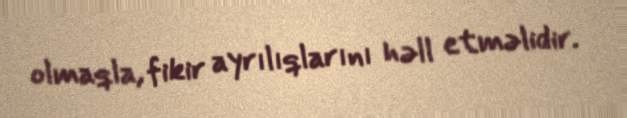
olmaqla, fikir ayrılıqlarını həll etməlidir.